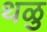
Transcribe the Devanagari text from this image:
थळु